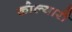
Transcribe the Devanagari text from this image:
कोल्यारी